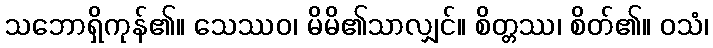
သဘောရှိကုန်၏။ သေဿဝ၊ မိမိ၏သာလျှင်။ စိတ္တဿ၊ စိတ်၏။ ဝသံ၊